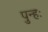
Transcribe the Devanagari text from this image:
पुन्हः